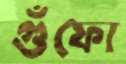
গুঁফো